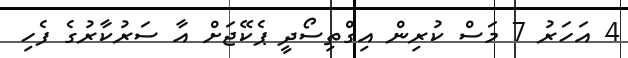
4 އަހަރު 7 މަސް ކުރިން އިގްތިސޯދީ ޕެކޭޖަށް އާ ސަރުކާރުގެ ފެހި